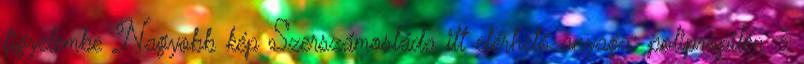
figyelembe Nagyobb kép Szerszámosláda itt elérhető anyaga: polipropilén 3